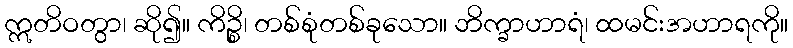
ဣတိဝတွာ၊ ဆို၍။ ကိဉ္စိ၊ တစ်စုံတစ်ခုသော။ ဘိက္ခာဟာရံ၊ ထမင်းအဟာရကို။